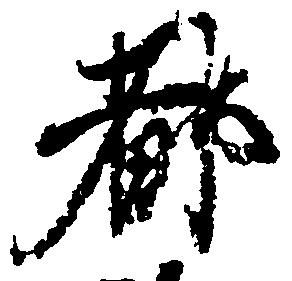
都